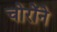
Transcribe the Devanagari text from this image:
चोरोंने